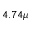
4 . 7 4 \mu